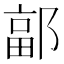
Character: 𮠄